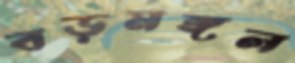
বড়মঙ্গল